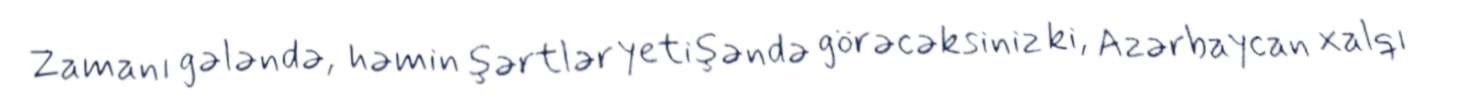
Zamanı gələndə, həmin şərtlər yetişəndə görəcəksiniz ki, Azərbaycan xalqı